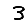
Digit: 3